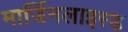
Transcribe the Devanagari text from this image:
मार्जिनलाइस्ड